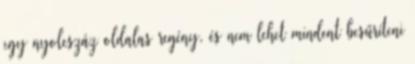
egy nyolcszáz oldalas regény, és nem lehet mindent besűríteni